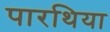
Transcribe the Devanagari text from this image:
पारथिया